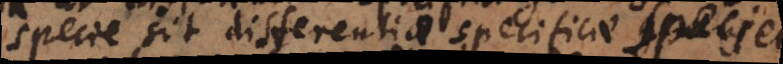
specie sit differentiae specificae speciei